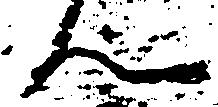
ん